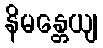
နိမန္တေယျ